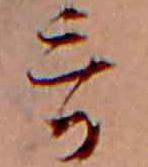
哥